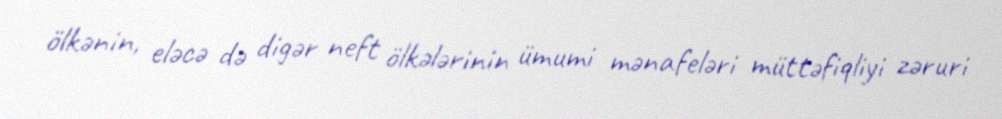
ölkənin, eləcə də digər neft ölkələrinin ümumi mənafeləri müttəfiqliyi zəruri